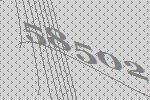
58502